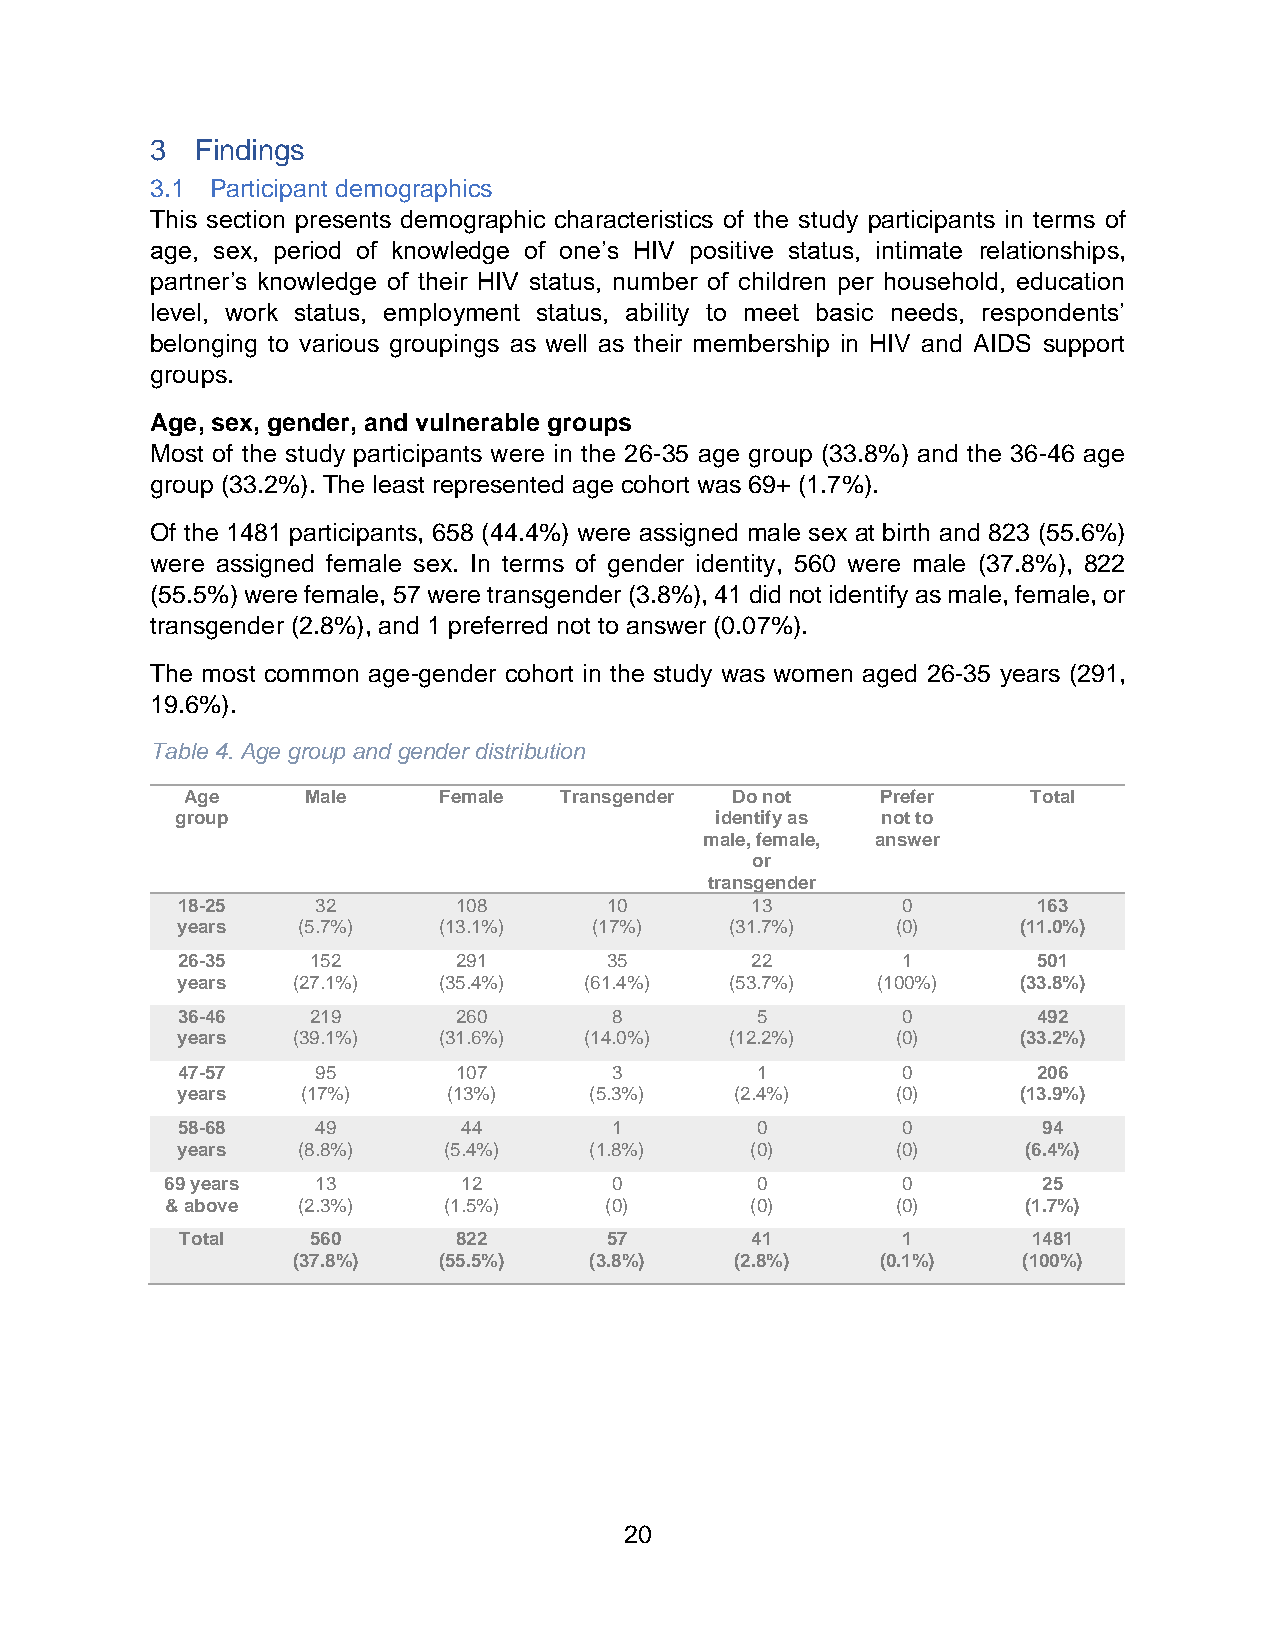
3  Findings
 3.1 Participant demographics
 This section presents demographic characteristics of the study participants in terms of
 age, sex, period of knowledge of one’s HIV positive status, intimate relationships,
 partner’s knowledge of their HIV status, number of children per household, education
 level, work status, employment status, ability to meet basic needs, respondents’
 belonging to various groupings as well as their membership in HIV and AIDS support
 groups.
 Age, sex, gender, and vulnerable groups
 Most of the study participants were in the 26-35 age group (33.8%) and the 36-46 age
 group (33.2%). The least represented age cohort was 69+ (1.7%).
 Of the 1481 participants, 658 (44.4%) were assigned male sex at birth and 823 (55.6%)
 were assigned female sex. In terms of gender identity, 560 were male (37.8%), 822
 (55.5%) were female, 57 were transgender (3.8%), 41 did not identify as male, female, or
 transgender (2.8%), and 1 preferred not to answer (0.07%).
 The most common age-gender cohort in the study was women aged 26-35 years (291,
 19.6%).
 Table 4. Age group and gender distribution
 Age     Male     Female  Transgender Do not   Prefer    Total
 group                              identify as not to
 male, female, answer
 or
 transgender
 18-25    32       108       10        13        0        163
 years   (5.7%)   (13.1%)   (17%)    (31.7%)    (0)      (11.0%)
 26-35    152      291       35        22        1        501
 years  (27.1%)   (35.4%)   (61.4%)  (53.7%)   (100%)    (33.8%)
 36-46    219      260        8        5         0        492
 years  (39.1%)   (31.6%)   (14.0%)  (12.2%)    (0)      (33.2%)
 47-57    95       107        3        1         0        206
 years   (17%)     (13%)    (5.3%)    (2.4%)    (0)      (13.9%)
 58-68    49        44        1        0         0        94
 years   (8.8%)   (5.4%)    (1.8%)     (0)      (0)      (6.4%)
 69 years  13        12        0        0         0        25
 & above  (2.3%)   (1.5%)     (0)       (0)      (0)      (1.7%)
 Total    560      822       57        41        1       1481
 (37.8%)   (55.5%)   (3.8%)    (2.8%)   (0.1%)    (100%)
 20